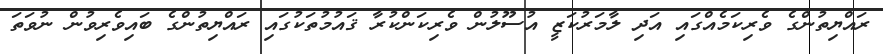
ރައްޔިތުންގެ ވެރިކަމެއްގައި އަދި ލާމަރުކަޒީ އުސޫލުން ވެރިކަންކުރާ ޤައުމުތަކުގައި ރައްޔިތުންގެ ބައިވެރިވުން ނުވަތަ